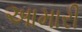
આમારી